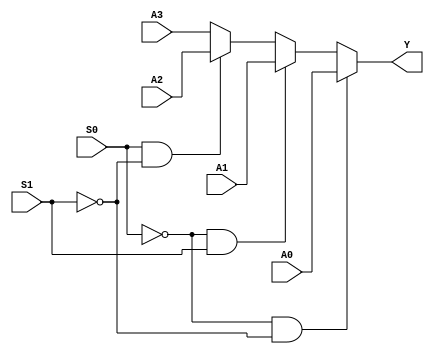
module mux4to1(A0, A1, A2, A3, S0, S1, Y);
input A0, A1, A2, A3, S0, S1; 
output Y;
reg Y;

always @*
begin 
    if(S0 == 1'b0 && S1 == 1'b0) begin 
        Y = A0;
    end
    else if(S0 == 1'b0 && S1 == 1'b1) begin 
        Y = A1; 
    end
    else if(S0 == 1'b1 && S1 == 1'b0) begin 
        Y = A2; 
    end
    else begin 
        Y = A3; 
    end

end
endmodule

module testMux4to1;
reg A0, A1, A2, A3, S0,  S1; 
wire Y; 

mux4to1 i(A0, A1, A2, A3, S0, S1, Y);

initial
    begin
        S0 = 1'b0; 
        S1 = 1'b0;
        A0 = 1'b0; 
        A1 = 1'b0; 
        A2 = 1'b0; 
        A3 = 1'b0; 

        $monitor("Time = %0t, S1 = %b , S2 = %b , A0 = %b , A1 = %b , A2 = %b , A3 = %b , Y = %b", $time , S0, S1, A0, A1, A2, A3, Y);
        #5 S0=1'b0; S1=1'b0; A0=1'b1;
        #5 S0=1'b0; S1=1'b1; A1=1'b0;
        #5 S0=1'b0; S1=1'b1; A1=1'b1;
        #5 S0=1'b1; S1=1'b0; A2=1'b0;
        #5 S0=1'b1; S1=1'b0; A2=1'b1;
        #5 S0=1'b1; S1=1'b1; A3=1'b0;
        #5 S0=1'b1; S1=1'b1; A3=1'b1;
    
    end
endmodule